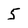
Character: 5